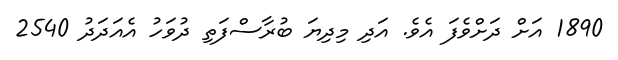
1890 އަށް ދަށްވެފަ އެވެ. އަދި މިދިޔަ ބުރާސްފަތި ދުވަހު އެއަދަދު 2540